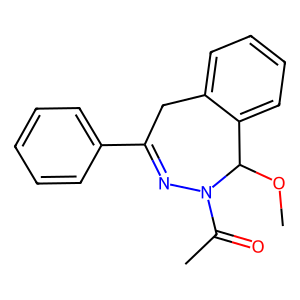
SMILES: COC1c2ccccc2CC(c2ccccc2)=NN1C(C)=O
Inhibits HIV replication: No